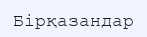
Бірқазандар